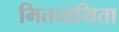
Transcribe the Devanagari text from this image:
मितव्‍ययिता